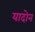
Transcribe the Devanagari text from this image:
यादोन